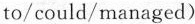
to/could/managed)